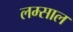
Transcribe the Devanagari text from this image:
लम्साल